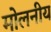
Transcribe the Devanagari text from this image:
मोलनीय